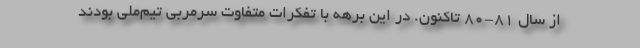
از سال 81-80 تاکنون. در این برهه با تفکرات متفاوت سرمربی تیم‌ملی بودند